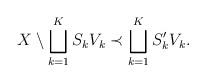
LaTeX: \begin{align*}X\setminus \bigsqcup_{k=1}^K S_k V_k \prec \bigsqcup_{k=1}^K S_k' V_k .\end{align*}